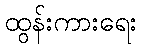
ထွန်းကားရေး